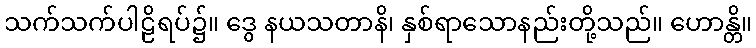
သက်သက်ပါဠိရပ်၌။ ဒွေ နယသတာနိ၊ နှစ်ရာသောနည်းတို့သည်။ ဟောန္တိ။